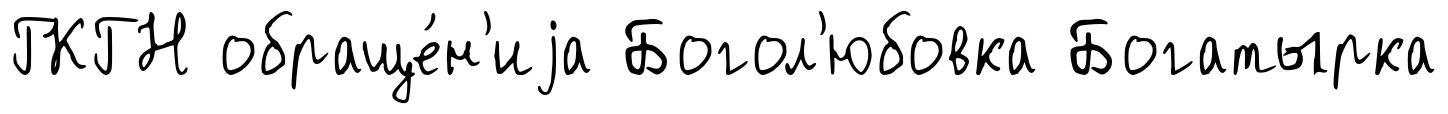
ГКГН обраще́н'иjа Богол'юбовка Богатырка